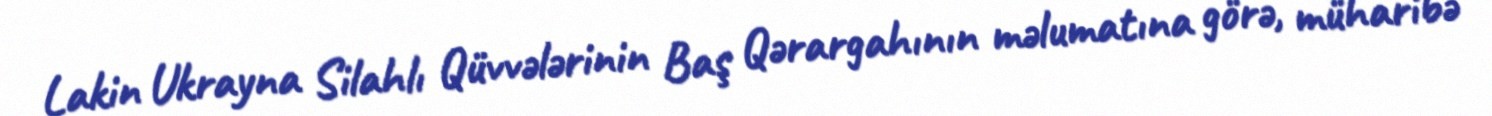
Lakin Ukrayna Silahlı Qüvvələrinin Baş Qərargahının məlumatına görə, müharibə